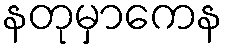
နတုမှာကေန